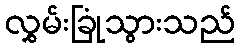
လွှမ်းခြုံသွားသည်